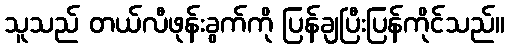
သူသည် တယ်လီဖုန်းခွက်ကို ပြန်ချပြီးပြန်ကိုင်သည်။